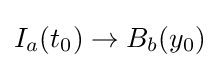
I_{a}(t_{0})\to B_{b}(y_{0})